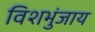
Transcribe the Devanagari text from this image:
विशभुंजाय